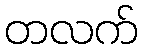
တလက်